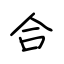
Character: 合